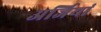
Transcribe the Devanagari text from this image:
अर्जियां